Subject: cs
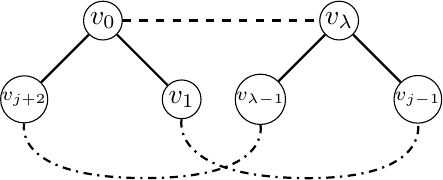
LaTeX code:
    \begin{tikzpicture}
        \node[draw, circle, inner sep=0pt, minimum size=14pt] (v0) at (0,0) {$v_0$};
        \node[draw, circle, inner sep=0pt, minimum size=14pt] (v1) at (1,-1) {$v_1$};
        \node[draw, circle, inner sep=0pt, minimum size=14pt] (vj1) at (-1,-1) {\scriptsize $v_{j+2}$};
        \node[draw, circle, inner sep=0pt, minimum size=14pt] (vj2) at (4,-1) {\scriptsize $v_{j-1}$};
        \node[draw, circle, inner sep=0pt, minimum size=14pt] (vl0) at (3,0) {$v_\lambda$};
        \node[draw, circle, inner sep=0pt, minimum size=14pt] (vl1) at (2,-1) {\scriptsize $v_{\lambda-1}$};

        \draw[thick] (v0)--(v1) (v0) -- (vj1) (vl0)--(vl1) (vl0) -- (vj2) (v0) edge[dashed] (vl0);
        \draw[thick,dashdotted] plot [smooth, tension=2] coordinates {
            (v1.south) (2.5,-2) (vj2.south) };
        \draw[thick,dashdotted] plot [smooth, tension=2] coordinates { (vl1.south) (0.5,-2) (vj1.south) };
    \end{tikzpicture}